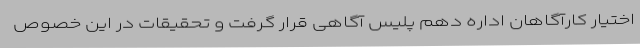
اختیار کارآگاهان اداره دهم پلیس آگاهی قرار گرفت و تحقیقات در این خصوص